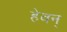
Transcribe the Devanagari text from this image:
हेवन्